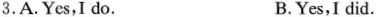
3.A.Yes,I do. B.Yes,I did.